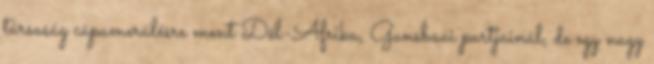
társaság cápamerülésre ment Dél-Afrika, Gansbaai partjainál, de egy nagy